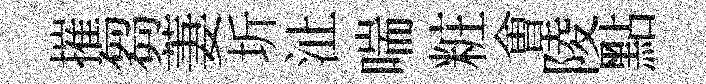
摧芻萋圻沚喘粧㑹陵點